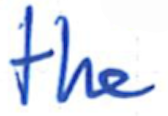
Text: the
Cross-out: clean
Writing tool: ballpoint